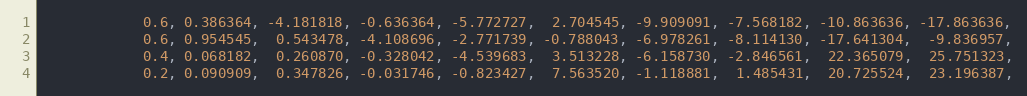
Language: C++
            0.6, 0.386364, -4.181818, -0.636364, -5.772727,  2.704545, -9.909091, -7.568182, -10.863636, -17.863636,
            0.6, 0.954545,  0.543478, -4.108696, -2.771739, -0.788043, -6.978261, -8.114130, -17.641304,  -9.836957,
            0.4, 0.068182,  0.260870, -0.328042, -4.539683,  3.513228, -6.158730, -2.846561,  22.365079,  25.751323,
            0.2, 0.090909,  0.347826, -0.031746, -0.823427,  7.563520, -1.118881,  1.485431,  20.725524,  23.196387,